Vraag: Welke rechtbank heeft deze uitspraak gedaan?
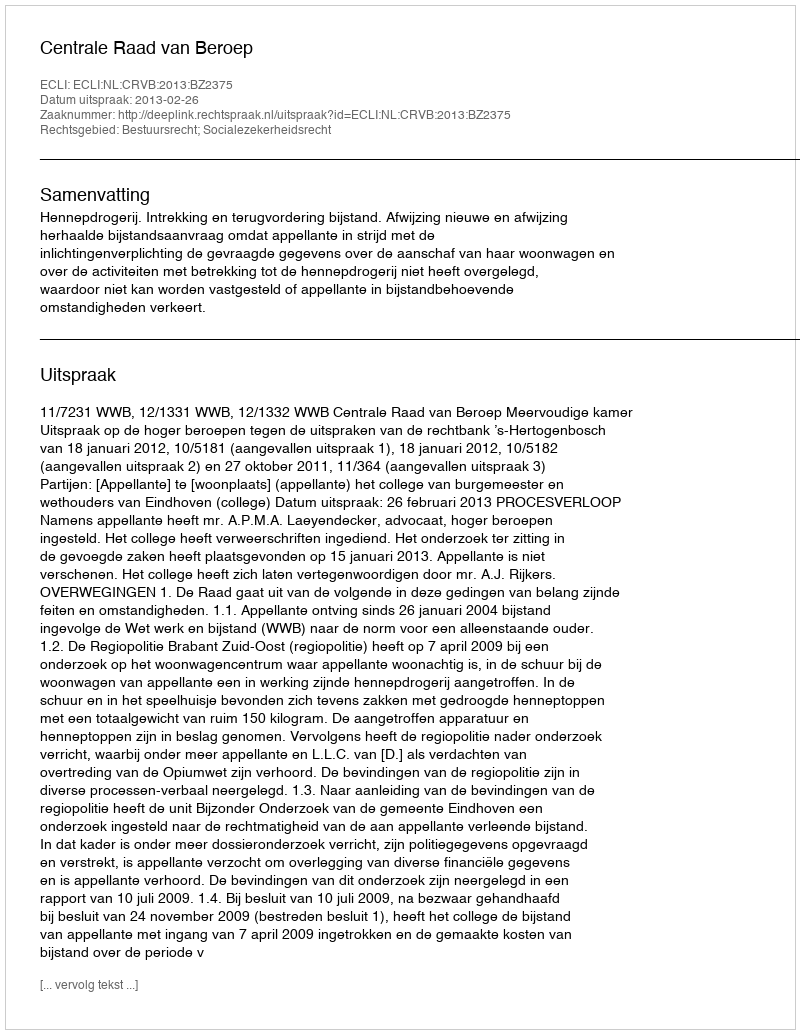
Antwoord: Centrale Raad van Beroep